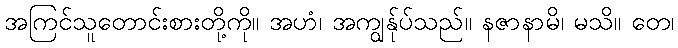
အကြင်သူတောင်းစားတို့ကို။ အဟံ၊ အကျွန်ုပ်သည်။ နဇာနာမိ၊ မသိ။ တေ၊